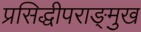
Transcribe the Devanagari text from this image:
प्रसिद्धीपराङ्‌मुख